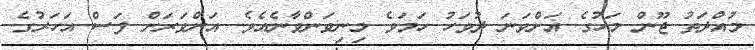
މުއްދަތު ޖޫން މަހުގެ އަށްވަނަ ދުވަހު ހަމަވެ މިނިވަންވާނެއެވެ. އަންވަރަށް ފަސް އަހަރުގެ